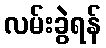
လမ်းခွဲရန်